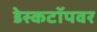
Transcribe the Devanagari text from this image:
डेस्कटॉपवर